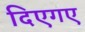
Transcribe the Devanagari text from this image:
दिएगए